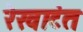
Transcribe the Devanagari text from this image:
रेखाटंत